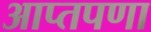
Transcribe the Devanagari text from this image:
आप्तपणा